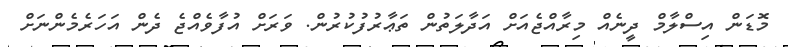
މޮޑަން އިސްލާމް ދީނެއް މިރާއްޖެއަށް އަދާލަތުން ތަޢާރުފުކުރުން. ވަރަށް އުފާވެއްޖެ ދެން އަހަރެމެންނަށް